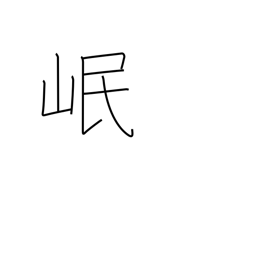
Meaning: name of a Chinese river